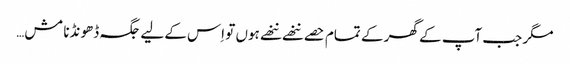
مگر جب آپ کے گھر کے تمام حصے ننھے ننھے ہوں تو اِس کے لیے جگہ ڈھونڈنا مش…